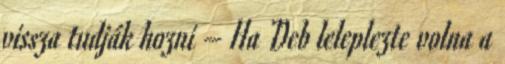
vissza tudják hozni – Ha Deb leleplezte volna a